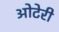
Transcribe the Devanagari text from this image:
ओटेरी